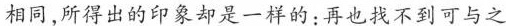
相同，所得出的印象却是一样的：再也找不到可与之